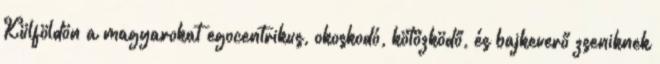
Külföldön a magyarokat egocentrikus, okoskodó, kötözködő, és bajkeverő zseniknek